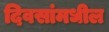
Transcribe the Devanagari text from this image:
दिवसांमधील